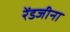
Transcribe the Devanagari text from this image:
रेंडजीना